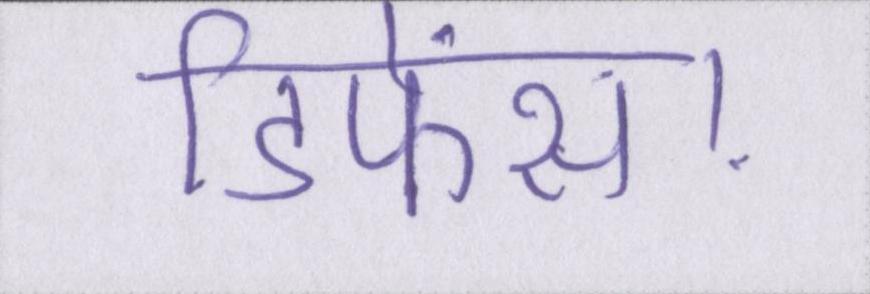
डिफेंस।